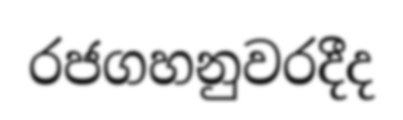
රජගහනුවරදීද